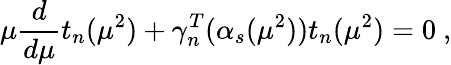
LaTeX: \mu\frac{d}{d\mu}t_{n}(\mu^{2})+\gamma_{n}^{T}(\alpha_{s}(\mu^{2}))t_{n}(\mu^{2})=0\ ,